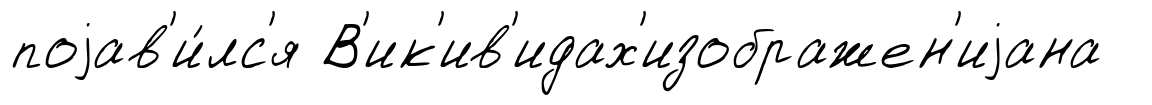
поjав'и́лс'я В'ик'ив'идах'изображен'иjана